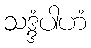
သဒ္ဒံပါဟံ